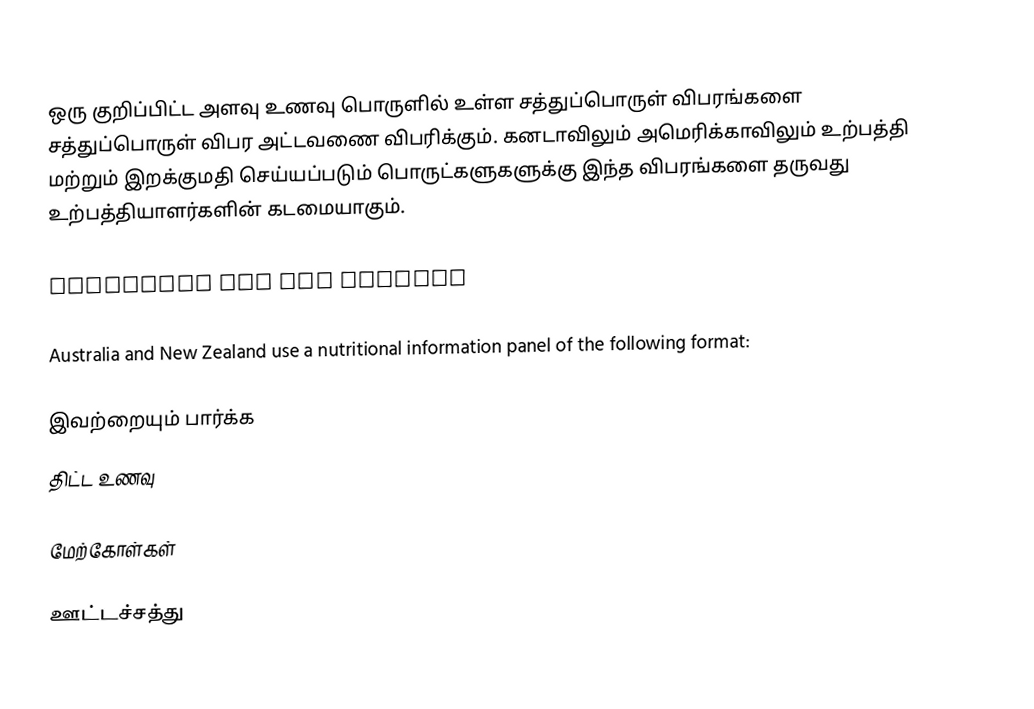
ஒரு குறிப்பிட்ட அளவு உணவு பொருளில் உள்ள சத்துப்பொருள் விபரங்களை சத்துப்பொருள் விபர அட்டவணை விபரிக்கும். கனடாவிலும் அமெரிக்காவிலும் உற்பத்தி மற்றும் இறக்குமதி செய்யப்படும் பொருட்களுகளுக்கு இந்த விபரங்களை தருவது உற்பத்தியாளர்களின் கடமையாகும்.

Australia and New Zealand

Australia and New Zealand use a nutritional information panel of the following format:

இவற்றையும் பார்க்க
 திட்ட உணவு

மேற்கோள்கள்

ஊட்டச்சத்து